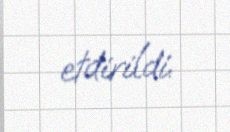
etdirildi.